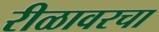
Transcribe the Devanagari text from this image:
रीळावरचा